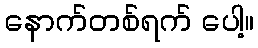
နောက်တစ်ရက် ပေါ့။